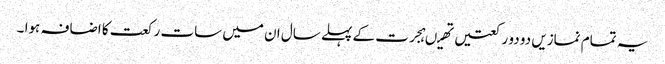
یہ تمام نمازیں دو دو رکعتیں تھیںہجرت کے پہلے سال ان میں سات رکعت کا اضافہ ہوا ۔